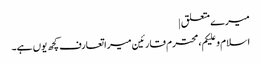
میرے متعلق |
اسلام و علیکم، محترم قارئین میرا تعارف کچھ یوں ہے۔